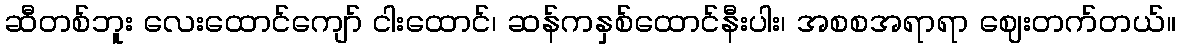
ဆီတစ်ဘူး လေးထောင်ကျော် ငါးထောင်၊ ဆန်ကနှစ်ထောင်နီးပါး၊ အစစအရာရာ ဈေးတက်တယ်။